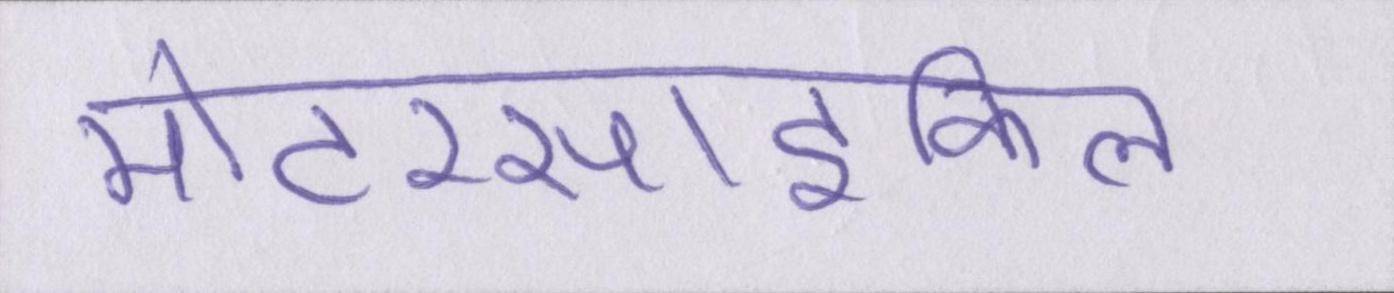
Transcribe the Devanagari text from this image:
मोटरसाइकिल